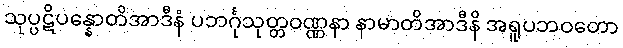
သုပ္ပဋိပန္နောတိအာဒီနံ ပဘင်္ဂုသုတ္တဝဏ္ဏနာ နာမာတိအာဒီနိ အရူပဘဝတော